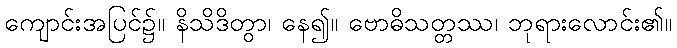
ကျောင်းအပြင်၌။ နိသိဒိတွာ၊ နေ၍။ ဗောဓိသတ္တဿ၊ ဘုရားလောင်း၏။